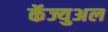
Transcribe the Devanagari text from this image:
कॅज्युअल